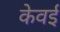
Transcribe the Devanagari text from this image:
केवई